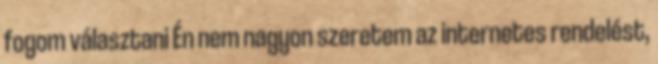
fogom választani Én nem nagyon szeretem az internetes rendelést,